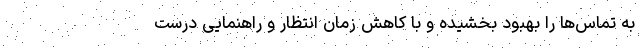
به تماس‌ها را بهبود بخشیده و با کاهش زمان انتظار و راهنمایی درست